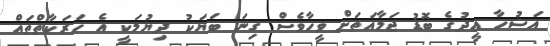
އަޟުހާ ޢީދުގެ ބޮޑު ޖަމާއަތަށް ވީހާވެސް ގިނަ ބަޔަކު ދިޔުމަކީ އެ ހަރަކާތްތައް